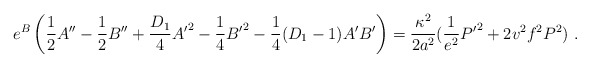
\begin{align*}e^B\left( \frac{1}{2} A'' -\frac{1}{2} B'' +\frac{D_1}{4} {A'}^2-\frac{1}{4}{B'}^2-\frac{1}{4}(D_1-1)A'B'\right)=\frac{\kappa^2}{2a^2}(\frac{1}{e^2}{P'}^2+2v^2f^2P^2)~.\end{align*}